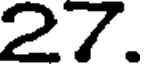
27.